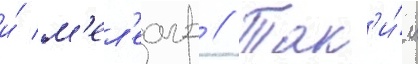
и́ м'ел'еагр // Так'и́м